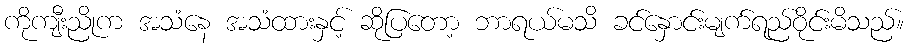
ကိုကျီးညိုက အသံနေ အသံထားနှင့် ဆိုပြတော့ ဘာရယ်မသိ ခင်နှောင်းမျက်ရည်ဝိုင်းမိသည်။